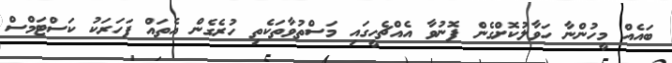
ބައެއް މީހުންނާ ހަވާލުކޮށްގެން ފޮނުވާ އެއްޗެހީގައި މަސްތުވާތަކެތި ހުރެގެން އެތައް ފަހަރަކު ކަސްޓަމްސް